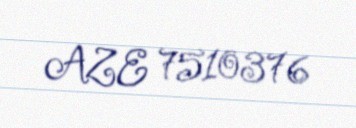
AZE 7510376